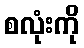
စလုံးကို